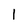
Character: 1